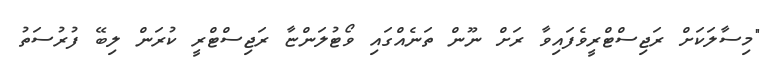
"މިސާލަކަށް ރަޖިސްޓްރީވެފައިވާ ރަށް ނޫން ތަނެއްގައި ވޯޓުލަންޏާ ރަޖިސްޓްރީ ކުރަން ލިބޭ ފުރުސަތު